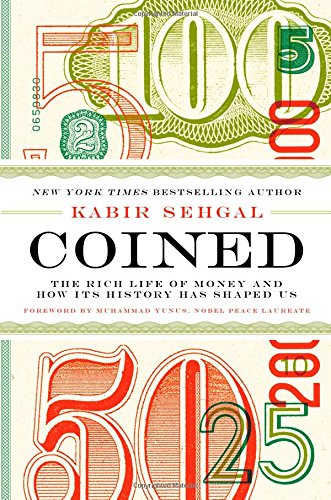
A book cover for Coined: The Rich Life of Money and How Its History Has Shaped Us; Kabir Sehgal; Business & Money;